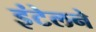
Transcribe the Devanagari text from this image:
इंटेलने